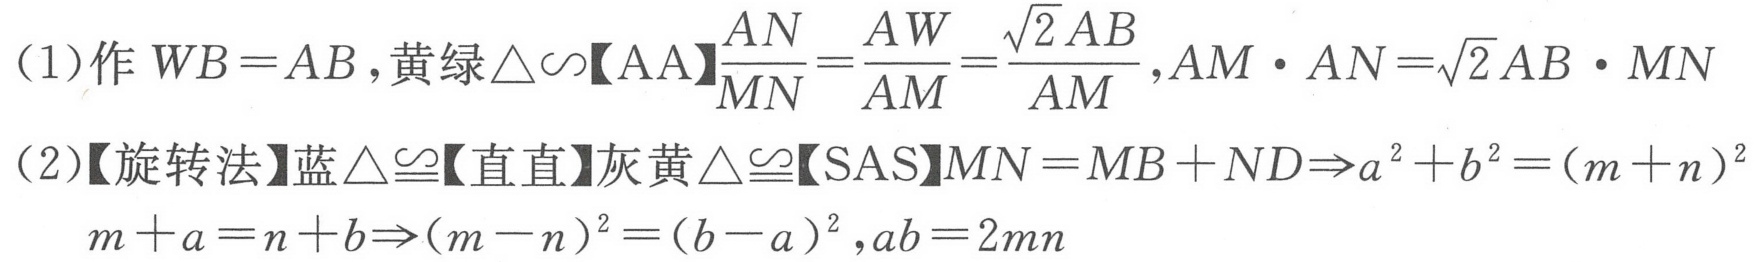
（1）作 \(WB = AB\)，黄绿\(\triangle\sim\)【AA】\(\frac{AN}{MN}=\frac{AW}{AM}=\frac{\sqrt{2}AB}{AM}\)，\(AM\cdot AN=\sqrt{2}AB\cdot MN\)
（2）【旋转法】蓝\(\triangle\cong\)【直直】灰黄\(\triangle\cong\)【SAS】\(MN = MB + ND\Rightarrow a^{2}+b^{2}=(m + n)^{2}\)
\(m + a=n + b\Rightarrow(m - n)^{2}=(b - a)^{2}\)，\(ab = 2mn\)